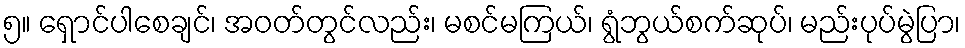
၅။ ရှောင်ပါစေချင်၊ အဝတ်တွင်လည်း၊ မစင်မကြယ်၊ ရွံဘွယ်စက်ဆုပ်၊ မည်းပုပ်မွဲပြာ၊